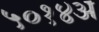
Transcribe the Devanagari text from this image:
५०१४अ